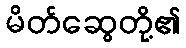
မိတ်ဆွေတို့၏